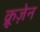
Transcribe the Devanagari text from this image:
क्रूज़ेन